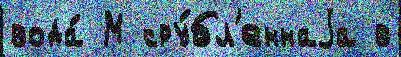
вода́ М сру́бл'еннаjа в